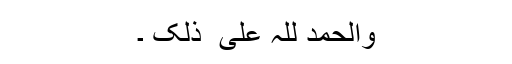
والحمد للہ علی ٰ ذلک ۔